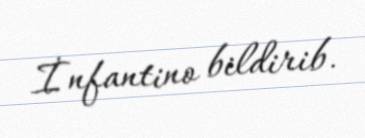
İnfantino bildirib.